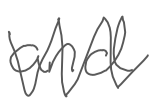
Text: and
Cross-out: zig-zag
Writing tool: digital_gray